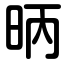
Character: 昞